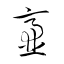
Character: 齏